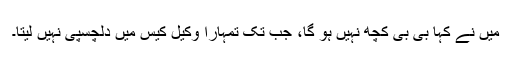
مَیں نے کہا بی بی کچھ نہیں ہو گا، جب تک تمہارا وکیل کیس میں دلچسپی نہیں لیتا۔